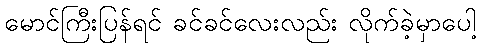
မောင်ကြီးပြန်ရင် ခင်ခင်လေးလည်း လိုက်ခဲ့မှာပေါ့